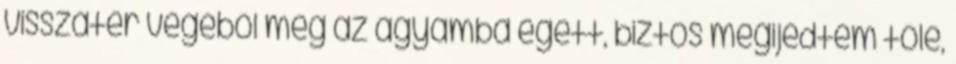
visszatér végéből még az agyamba égett, biztos megijedtem tőle,